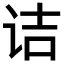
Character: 诘